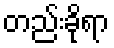
တည်းခိုရာ